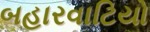
બહારવાટિયો